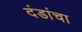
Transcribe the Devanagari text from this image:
दंडांचा